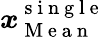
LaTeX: \boldsymbol{x}_{\mathrm{~M~e~a~n~}}^{\mathrm{~s~i~n~g~l~e~}}